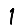
Digit: 1